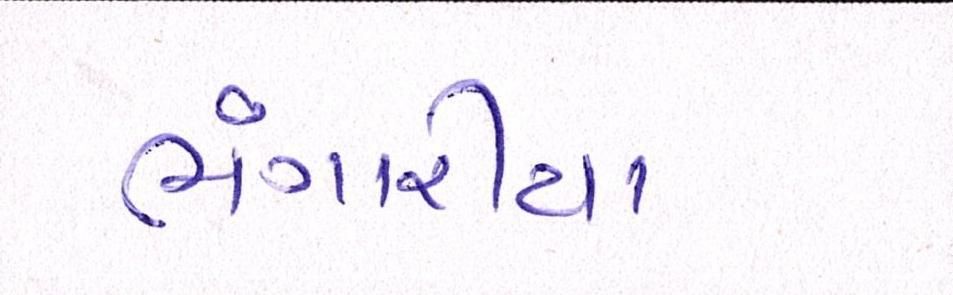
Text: ભંગારીયા